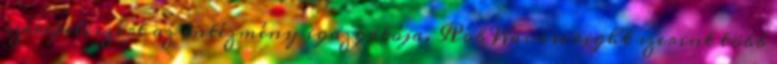
szerepel, ezért az intézmény igazgatója, Rob Wainwright szerint több